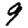
Digit: 9